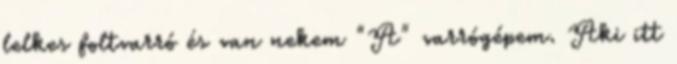
lelkes foltvarró és van nekem "A" varrógépem. Aki itt